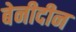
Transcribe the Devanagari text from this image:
बेनीदीन